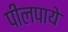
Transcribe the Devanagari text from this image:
पीलपाये